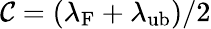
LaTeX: \mathcal{C}=(\lambda_{\mathrm{{F}}}+\lambda_{\mathrm{{ub}}})/2